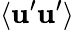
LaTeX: \langle{{\textbf{u}}^{\prime}{\textbf{u}}^{\prime}}\rangle